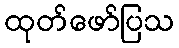
ထုတ်ဖော်ပြသ